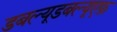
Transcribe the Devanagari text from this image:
डबल्यूडबल्यूएफ़